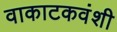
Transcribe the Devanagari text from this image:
वाकाटकवंशी